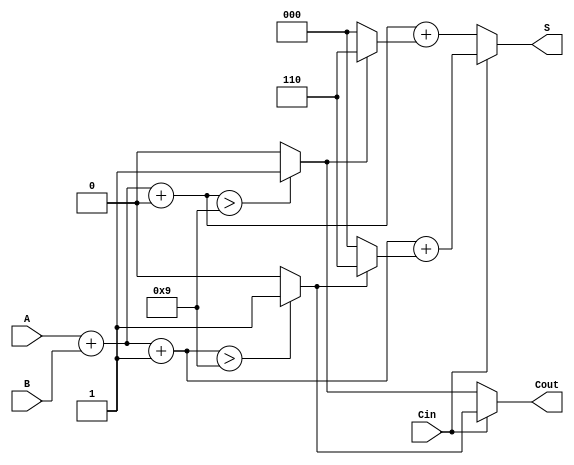
module BCD_Modified_Carry_Select_Adder (
    input  wire [3:0] A,     // BCD digit A
    input  wire [3:0] B,     // BCD digit B
    input  wire Cin,         // Carry-in
    output reg  [3:0] S,     // BCD Sum
    output reg  Cout         // Carry-out
);

    // Intermediate sums for carry-in 0 and 1
    wire [4:0] S0, S1; // 5 bits to accommodate carry-out
    wire Cout0, Cout1;

    // Initial sum calculations
    assign S0 = A + B + 0;  // Sum with Cin = 0
    assign S1 = A + B + 1;  // Sum with Cin = 1

    // Carry-out for both cases: Determine if sum exceeds 9
    assign Cout0 = (S0[3:0] > 9) ? 1 : 0; // Check for BCD limit
    assign Cout1 = (S1[3:0] > 9) ? 1 : 0; // Check for BCD limit

    always @(*) begin
        if (Cin == 1'b0) begin
            // Select S0 and Cout0
            S = S0[3:0] + (Cout0 ? 4'b0110 : 4'b0000); // Apply correction if necessary
            Cout = Cout0; // Assign carry-out
        end else begin
            // Select S1 and Cout1
            S = S1[3:0] + (Cout1 ? 4'b0110 : 4'b0000); // Apply correction if necessary
            Cout = Cout1; // Assign carry-out
        end
    end

endmodule